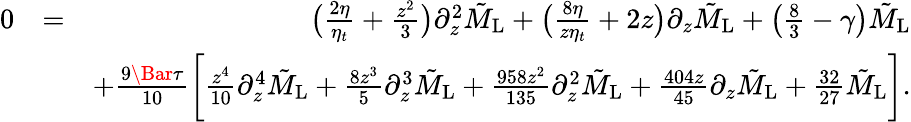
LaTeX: \begin{array}{rlr}{0}&{=}&{\bigl(\frac{2\eta}{\eta_{t}}+\frac{z^{2}}{3}\bigl)\partial_{z}^{2}\tilde{M}_{\mathrm{L}}+\bigl(\frac{8\eta}{z\eta_{t}}+2z\bigl)\partial_{z}\tilde{M}_{\mathrm{L}}+\bigl(\frac{8}{3}-\gamma\bigl)\tilde{M}_{\mathrm{L}}}\\ &{}&{+\frac{9\Bar{\tau}}{10}\bigg[\frac{z^{4}}{10}\partial_{z}^{4}\tilde{M}_{\mathrm{L}}+\frac{8z^{3}}{5}\partial_{z}^{3}\tilde{M}_{\mathrm{L}}+\frac{958z^{2}}{135}\partial_{z}^{2}\tilde{M}_{\mathrm{L}}+\frac{404z}{45}\partial_{z}\tilde{M}_{\mathrm{L}}+\frac{32}{27}\tilde{M}_{\mathrm{L}}\bigg].}\end{array}